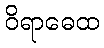
ဝိရာဓေထ